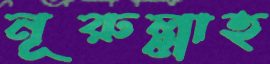
নূরুল্লাহ